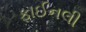
ફાઈનલી